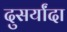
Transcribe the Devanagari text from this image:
दुसर्यांदा